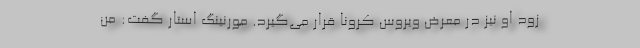
زود او نیز در معرض ویروس کرونا قرار می‌گیرد. مورنینگ استار گفت: من